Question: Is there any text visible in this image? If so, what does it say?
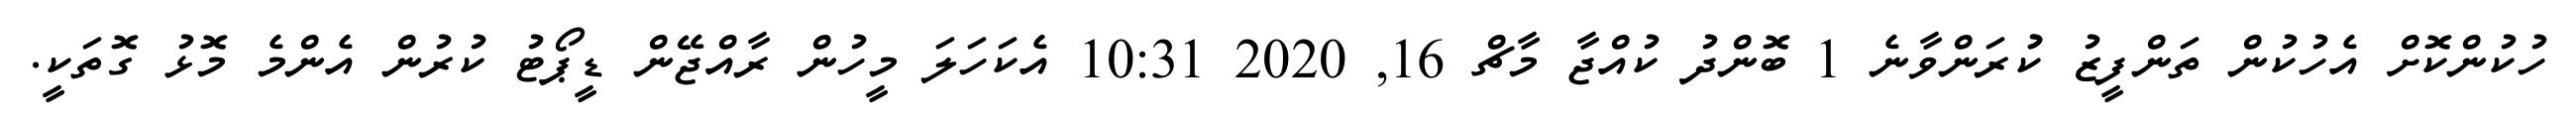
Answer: ހުކުންކޮށް އެހުކުން ތަންފީޒު ކުުރަންވާނެ 1 ބޮންދު ކުއްޖާ މާޗް 16, 2020 10:31 އެކަހަލަ މީހުން ރާއްޖޭން ޑީޕޯޓު ކުރުން އެންމެ މޮޅު ގޮތަކީ.